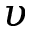
\upsilon